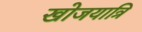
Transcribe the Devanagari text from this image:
खोजयात्रि